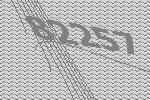
82257